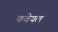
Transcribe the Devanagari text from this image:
कवेयल